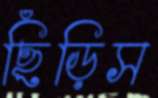
ছিঁড়িস